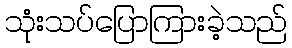
သုံးသပ်ပြောကြားခဲ့သည်